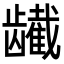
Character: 𬺕